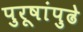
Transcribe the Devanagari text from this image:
पुरूषांपुढे